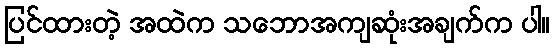
ပြင်ထားတဲ့ အထဲက သဘောအကျဆုံးအချက်က ပါ။